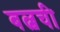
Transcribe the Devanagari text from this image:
बल्बची